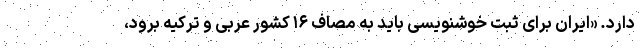
دارد. «ایران برای ثبت خوشنویسی باید به مصاف ۱۶ کشور عربی و ترکیه برود،